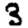
Digit: 3